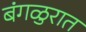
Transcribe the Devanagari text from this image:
बंगळुरात